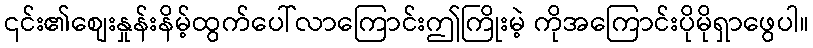
၎င်း၏စျေးနှုန်းနိမ့်ထွက်ပေါ်လာကြောင်းဤကြိုးမဲ့ ကိုအကြောင်းပိုမိုရှာဖွေပါ။